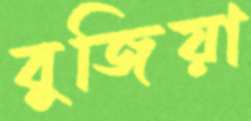
বুজিয়া